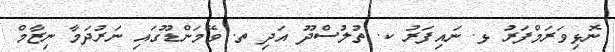
ނޮޅިވަރަމްފަރު ޅ. ނައިފަރު ކ. ތުލުސްދޫ އަދި ތ. ވޭމަންޑޫގައި ނަރުދަމާ ނިޒާމް